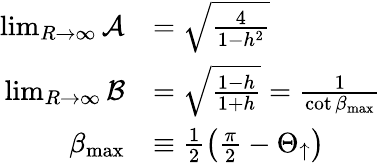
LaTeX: \begin{array}{rl}{\operatorname*{lim}_{R\rightarrow\infty}\mathcal{A}}&{=\sqrt{\frac{4}{1-h^{2}}}}\\ {\operatorname*{lim}_{R\rightarrow\infty}\mathcal{B}}&{=\sqrt{\frac{1-h}{1+h}}=\frac{1}{\cot{\beta_{\mathrm{max}}}}}\\ {\beta_{\mathrm{max}}}&{\equiv\frac{1}{2}\left(\frac{\pi}{2}-\Theta_{\uparrow}\right)}\end{array}